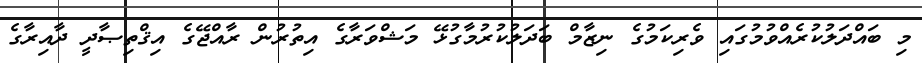
މި ބައްދަލުކުރެއްވުމުގައި ވެރިކަމުގެ ނިޒާމް ބަދަލުކުރުމާގުޅޭ މަޝްވަރާގެ އިތުރުން ރާއްޖޭގެ އިޤްތިޞާދީ ދާއިރާގެ